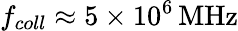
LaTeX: f_{coll}\approx 5\times 10^{6}\, \mathrm{MHz}